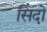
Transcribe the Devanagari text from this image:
सिंदो